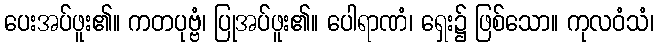
ပေးအပ်ဖူး၏။ ကတပုဗ္ဗံ၊ ပြုအပ်ဖူး၏။ ပေါရာဏံ၊ ရှေး၌ ဖြစ်သော။ ကုလဝံသံ၊